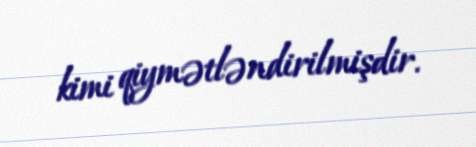
kimi qiymətləndirilmişdir.